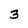
Character: 3